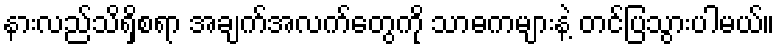
နားလည်သိရှိစရာ အချက်အလက်တွေကို သာဓကများနဲ့ တင်ပြသွားပါမယ်။